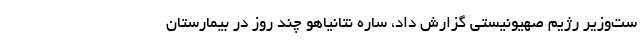
ست‌وزیر رژیم صهیونیستی گزارش داد، ساره نتانیاهو چند روز در بیمارستان